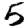
Digit: 5